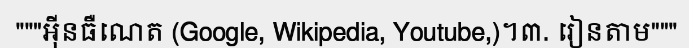
"""អ៊ីនធឺណេត (Google, Wikipedia, Youtube,)។៣. រៀនតាម"""